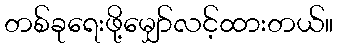
တစ်ခုရေးဖို့မျှော်လင့်ထားတယ်။